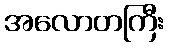
အလောတကြီး